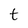
Character: t